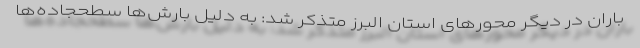
باران در دیگر محورهای استان البرز متذکر شد: به دلیل بارش‌ها سطحجاده‌ها